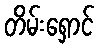
တိမ်းရှောင်